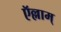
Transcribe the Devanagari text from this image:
ऍल्लाम्‌